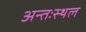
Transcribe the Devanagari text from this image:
अन्तःस्थल